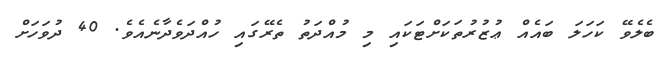
ބެލެވޭ ކަހަލަ ބައެއް ޢުޒުރުތަކަށްޓަކައި މި މުއްދަތު ތެރޭގައި ހުއްދަވެދާނެއެވެ. 40 ދުވަހަށް